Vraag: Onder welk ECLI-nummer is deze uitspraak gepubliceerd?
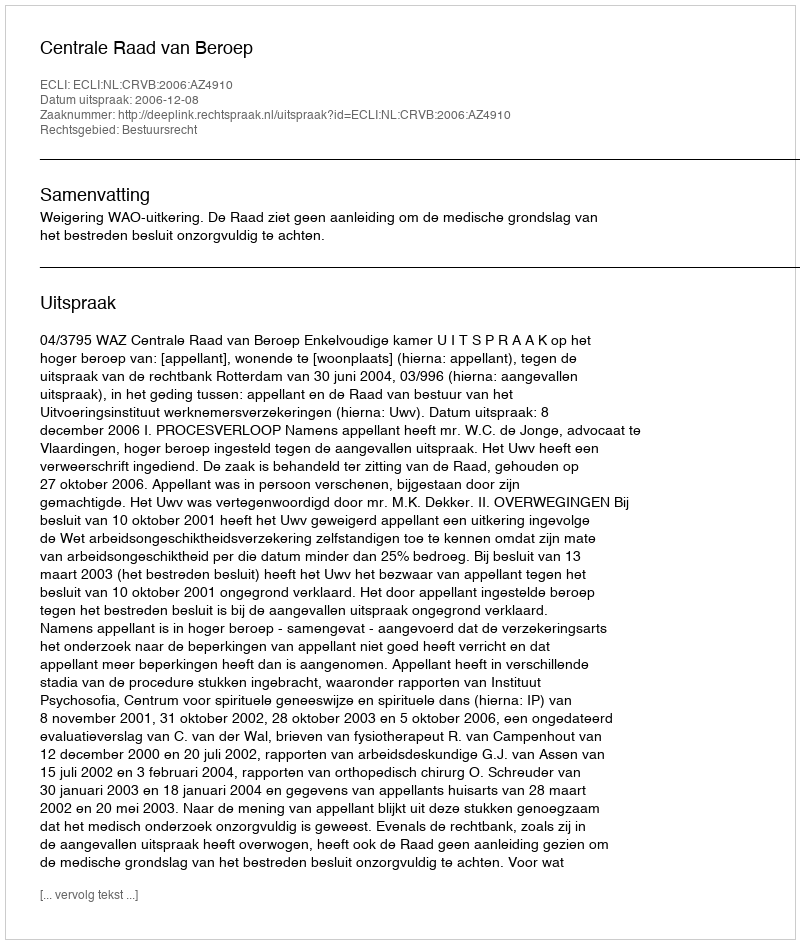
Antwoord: ECLI:NL:CRVB:2006:AZ4910